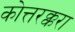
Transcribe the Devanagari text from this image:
कोत्तरक्करा